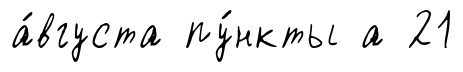
а́вгуста пу́нкты а 21